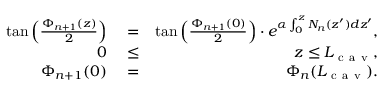
\begin{array} { r l r } { \tan \Big ( \frac { \Phi _ { n + 1 } ( z ) } { 2 } \Big ) } & { { } = } & { \tan \Big ( \frac { \Phi _ { n + 1 } ( 0 ) } { 2 } \Big ) \cdot e ^ { \alpha \int _ { 0 } ^ { z } N _ { n } ( z ^ { \prime } ) d z ^ { \prime } } , } \\ { 0 } & { { } \le } & { z \le L _ { \mathrm { ~ c ~ a ~ v ~ } } , } \\ { \Phi _ { n + 1 } ( 0 ) } & { { } = } & { \Phi _ { n } ( L _ { \mathrm { ~ c ~ a ~ v ~ } } ) . } \end{array}